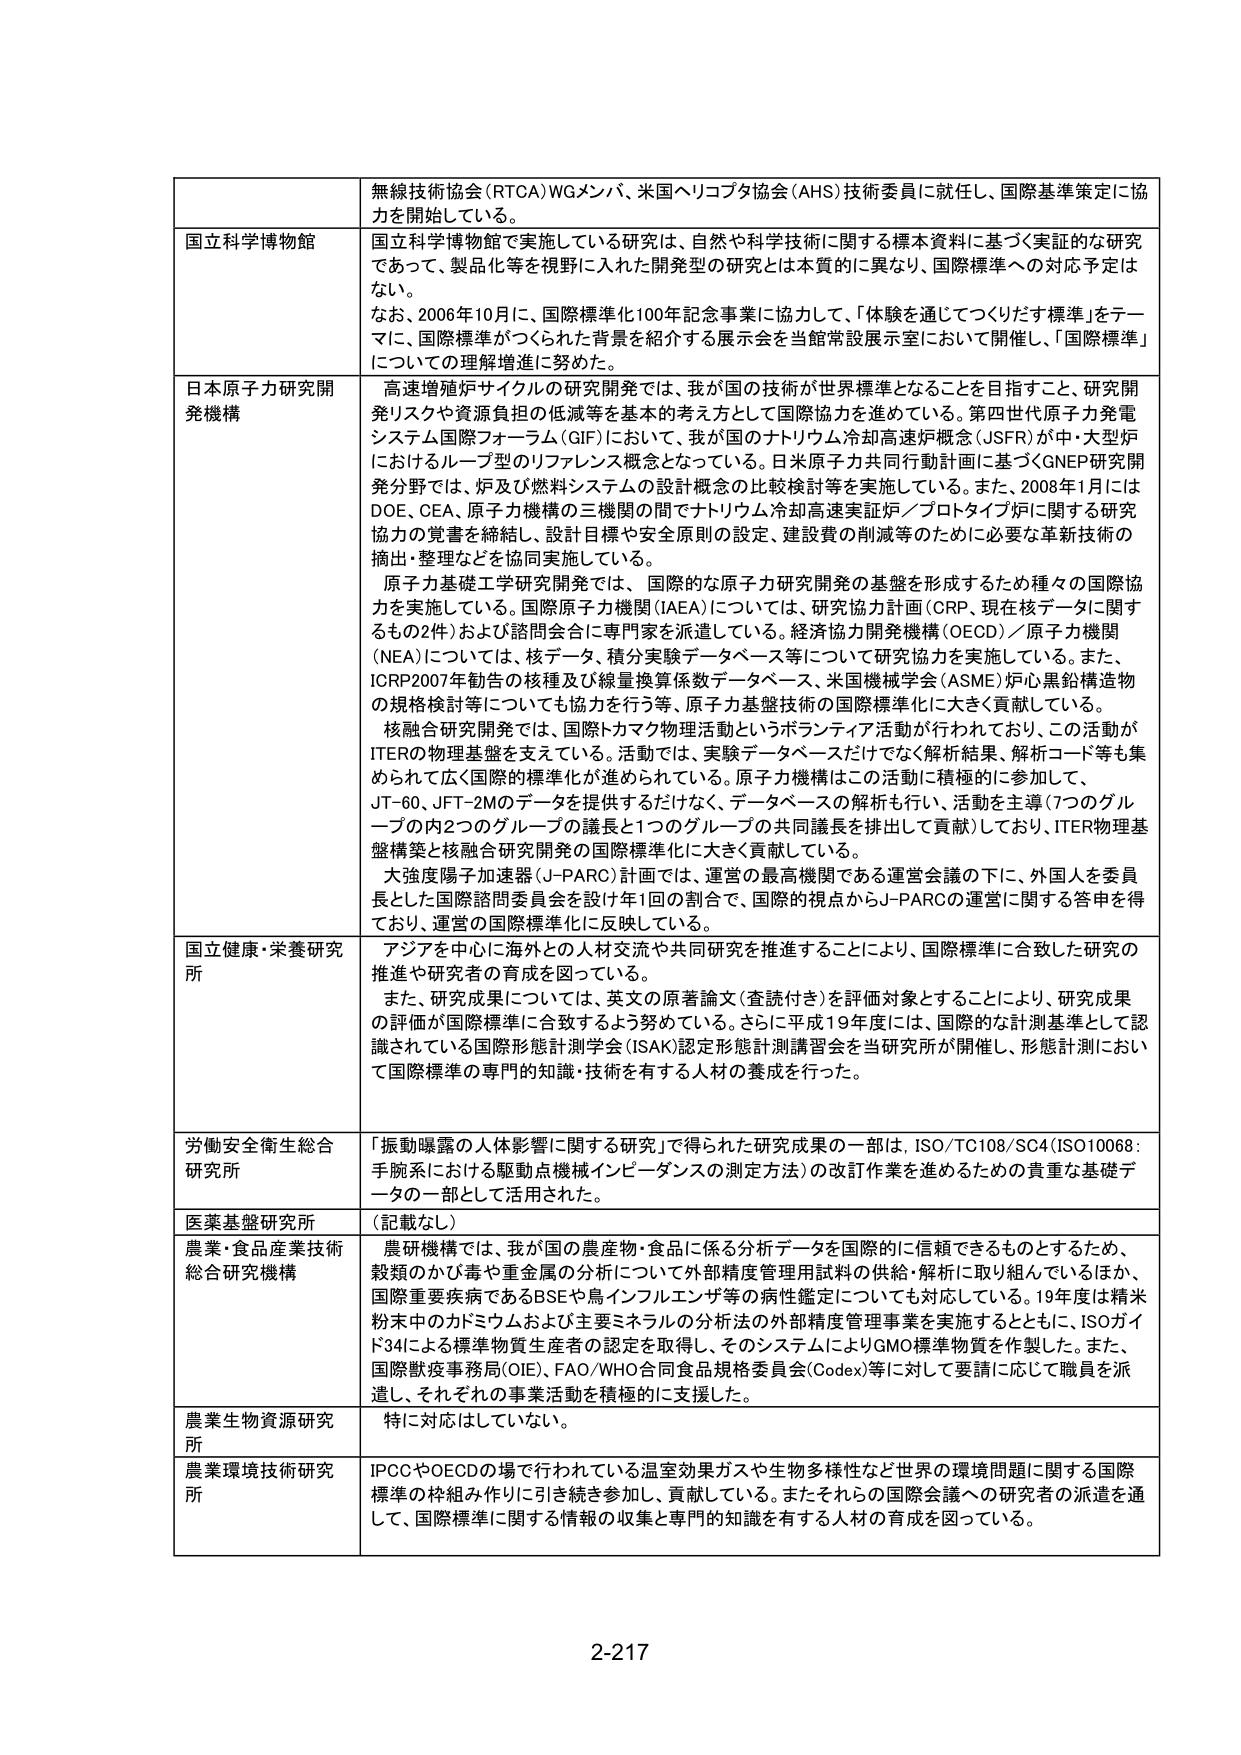
無線技術協会（RTCA）WGメンバ、米国ヘリコプタ協会（AHS）技術委員に就任し、国際基準策定に協力を開始している。

国立科学博物館
国立科学博物館で実施している研究は、自然や科学技術に関する標本資料に基づく実証的な研究であって、製品化等を視野に入れた開発型の研究とは本質的に異なり、国際標準への対応予定はない。
なお、2006年10月に、国際標準化100年記念事業に協力して、「体験を通じてつくりだす標準」をテーマに、国際標準がつくられた背景を紹介する展示会を当館常設展示室において開催し、「国際標準」についての理解増進に努めた。

日本原子力研究開発機構
高速増殖炉サイクルの研究開発では、我が国の技術が世界標準となることを目指すこと、研究開発リスクや資源負担の低減等を基本の考え方として国際協力を進めている。第四世代原子力発電システム国際フォーラム（GIF）において、我が国のナトリウム冷却高速炉概念（JSFR）が中・大型炉におけるループ型のリファレンス概念となっている。日本原子力共同行動計画に基づくGNEP研究開発分野では、炉及び燃料システムの設計概念の比較検討等を実施している。また、2008年1月にはDOE、CEA、原子力機構の三機関の間でナトリウム冷却高速実証炉／プロトタイプ炉に関する研究協力の覚書を締結し、設計目標や安全原則の設定、建設費の削減等のために必要な革新技術の摘出・整理などを協同実施している。
原子力基礎工学研究開発では、国際的な原子力研究開発の基盤を形成するため種々の国際協力を実施している。国際原子力機関（IAEA）については、研究協力計画（CRP、現在核データに関するもの2件）および諮問会合に専門家を派遣している。経済協力開発機構（OECD）／原子力機関（NEA）については、核データ、積分実験データベース等について研究協力を実施している。また、ICRP2007年勧告の核種及び線量換算係数データベース、米国機械学会（ASME）炉心黒鉛構造物の規格検討等についても協力を行う等、原子力基盤技術の国際標準化に大きく貢献している。
核融合研究開発では、国際トカマク物理活動というボランティア活動が行われており、この活動がITERの物理基盤を支えている。活動では、実験データベースだけでなく解析結果、解析コード等も集められて広く国際的標準化が進められている。原子力機構はこの活動に積極的に参加して、JT-60、JFT-2Mのデータを提供するだけでなく、データベースの解析も行い、活動を主導（7つのグループの内2つのグループの議長と1つのグループの共同議長を拠出して貢献）しており、ITER物理基盤構築と核融合研究開発の国際標準化に大きく貢献している。
大強度陽子加速器（J-PARC）計画では、運営の最高機関である運営会議の下に、外国人を委員長とした国際諮問委員会を設け年1回の割合で、国際的視点からJ-PARCの運営に関する答申を得ており、運営の国際標準化に反映している。

国立健康・栄養研究所
アジアを中心に海外との人材交流や共同研究を推進することにより、国際標準に合致した研究の推進や研究者の育成を図っている。
また、研究成果については、英文の原著論文（査読付き）を評価対象とすることにより、研究成果の評価が国際標準に合致するよう努めている。さらに平成19年度には、国際的な計測基準として認識されている国際形態計測学会（ISAK）認定形態計測講習会を当研究所が開催し、形態計測において国際標準の専門的知識・技術を有する人材の養成を行った。

労働安全衛生総合研究所
「振動曝露の人体影響に関する研究」で得られた研究成果の一部は、ISO/TC108/SC4（ISO10068：手腕系における駆動点機械インピーダンスの測定方法）の改訂作業を進めるための貴重な基礎データの一部として活用された。

医薬基盤研究所
（記載なし）

農業・食品産業技術総合研究機構
農研機構では、我が国の農産物・食品に係る分析データを国際的に信頼できるものとするため、穀類のかび毒や重金属の分析について外部精度管理用試料の供給・解析に取り組んでいるほか、国際重要疾病であるBSEや鳥インフルエンザ等の病性鑑定についても対応している。19年度は精米粉末中のカドミウムおよび主要ミネラルの分析法の外部精度管理事業を実施するとともに、ISOガイド34による標準物質生産者の認定を取得し、そのシステムによりGMO標準物質を作製した。また、国際漁業事務局（OIE）、FAO/WHO合同食品安全規格委員会（Codex）等に対して要請に応じて職員を派遣し、それぞれの事業活動を積極的に支援した。

農業生物資源研究所
特に対応はしていない。

農業環境技術研究所
IPCCやOECDの場で行われている温室効果ガスや生物多様性など世界の環境問題に関する国際標準の枠組み作りに引き続き参加し、貢献している。またそれらの国際会議への研究者の派遣を通じて、国際標準に関する情報の収集と専門的知識を有する人材の育成を図っている。

2-217